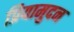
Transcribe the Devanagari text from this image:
प्रियामुदन